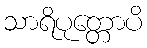
သာရိပုတ္တောပိ